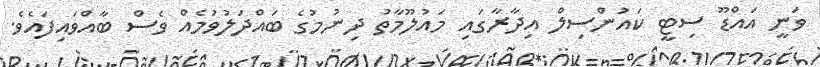
ވަނީ އައްޑޫ ސިޓީ ކައުންސިލް އިދާރާގައި މައުލޫމާތު ދިނުމުގެ ބައްދަލުވުމެއް ވެސް ބާއްވައިފައެވެ.